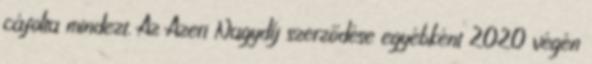
cáfolta mindezt. Az Azeri Nagydíj szerződése egyébként 2020 végén